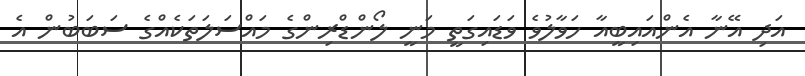
އަދި އޭނާ އެންއައިބީއާ ހަވާލުވެ ވަޑައިގަތީ މަނީ ލޯންޑްރިންގެ މައްސަލަތަކެއްގެ ސަބަބުން އެ